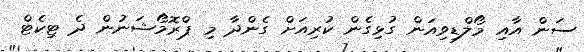
ސަން އާއި މޯލްޑިވިއަން ގުޅިގެން ކުރިއަށް ގެންދާ މި ޕްރޮމޯޝަނުން ދެ ޓިކެޓް